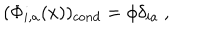
( \Phi _ { i , a } ( x ) ) _ { c o n d } = \phi \delta _ { i a } ~ ,